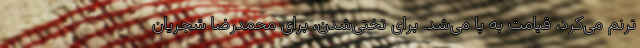
ترنم می‌کرد، قیامت به پا می‌شد. برای تختی‌شدن، برای محمدرضا شجریان